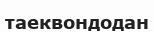
таеквондодан